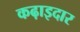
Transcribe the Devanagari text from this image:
कढ़ाइदार